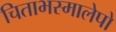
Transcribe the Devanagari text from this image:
चिताभस्मालेपो